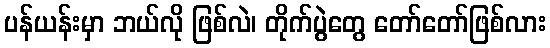
ပန်ယန်းမှာ ဘယ်လို ဖြစ်လဲ၊ တိုက်ပွဲတွေ တော်တော်ဖြစ်လား